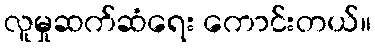
လူမှုဆက်ဆံရေး ကောင်းတယ်။